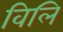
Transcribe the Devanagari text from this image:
विलि